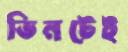
ভিনটেই